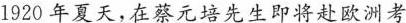
1920年夏天，在蔡元培先胜即将赴欧洲考